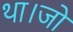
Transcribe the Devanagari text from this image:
था।जो